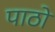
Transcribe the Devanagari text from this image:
पाठो